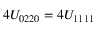
4 U _ { 0 2 2 0 } = 4 U _ { 1 1 1 1 }